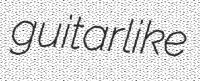
guitarlike